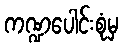
ကဏ္ဍပေါင်းစုံမှ